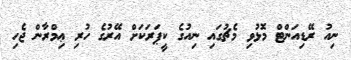
ނިއު ރޭޑިއަންޓް މޮޅުވި މެޗުގައި ނިއުގެ ކީޕަރަކަށް އޭރުގެ ހުރި ޢިމްރާން ޖެހި